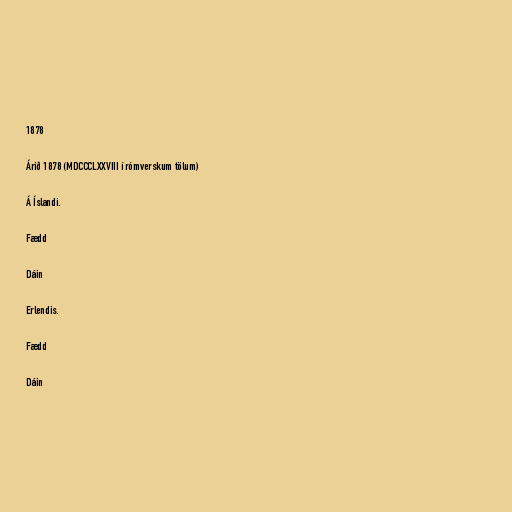
1878

Árið 1878 (MDCCCLXXVIII í rómverskum tölum)

Á Íslandi.

Fædd

Dáin

Erlendis.

Fædd

Dáin